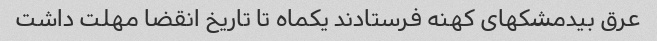
عرق بیدمشکهای کهنه فرستادند یکماه تا تاریخ انقضا مهلت داشت